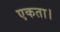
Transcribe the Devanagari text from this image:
एकता।